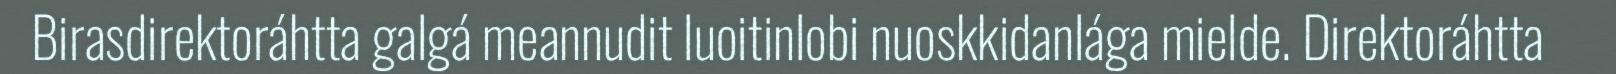
Birasdirektoráhtta galgá meannudit luoitinlobi nuoskkidanlága mielde. Direktoráhtta